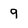
Character: 9